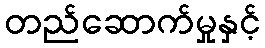
တည်ဆောက်မှုနှင့်